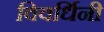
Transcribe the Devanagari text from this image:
विवर्धिनी